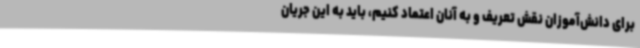
برای دانش‌آموزان نقش تعریف و به آنان اعتماد کنیم، باید به این جریان